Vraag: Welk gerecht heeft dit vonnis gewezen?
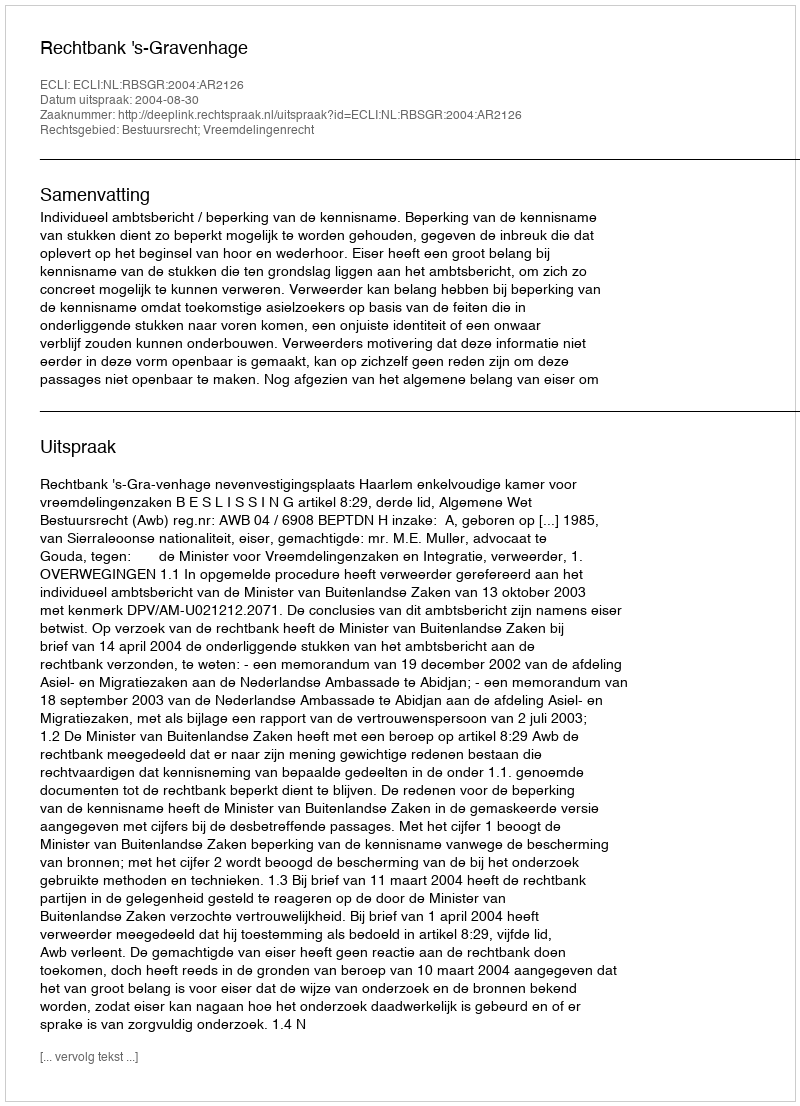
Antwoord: Rechtbank 's-Gravenhage